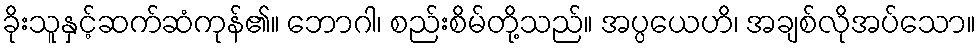
ခိုးသူနှင့်ဆက်ဆံကုန်၏။ ဘောဂါ၊ စည်းစိမ်တို့သည်။ အပ္ပယေဟိ၊ အချစ်လိုအပ်သော။